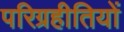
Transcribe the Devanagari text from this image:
परिग्रहीतियों